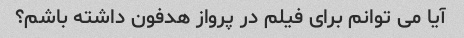
آیا می توانم برای فیلم در پرواز هدفون داشته باشم؟